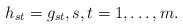
LaTeX: \begin{align*}h_{st}=g_{st}, s,t=1,\dots, m.\end{align*}